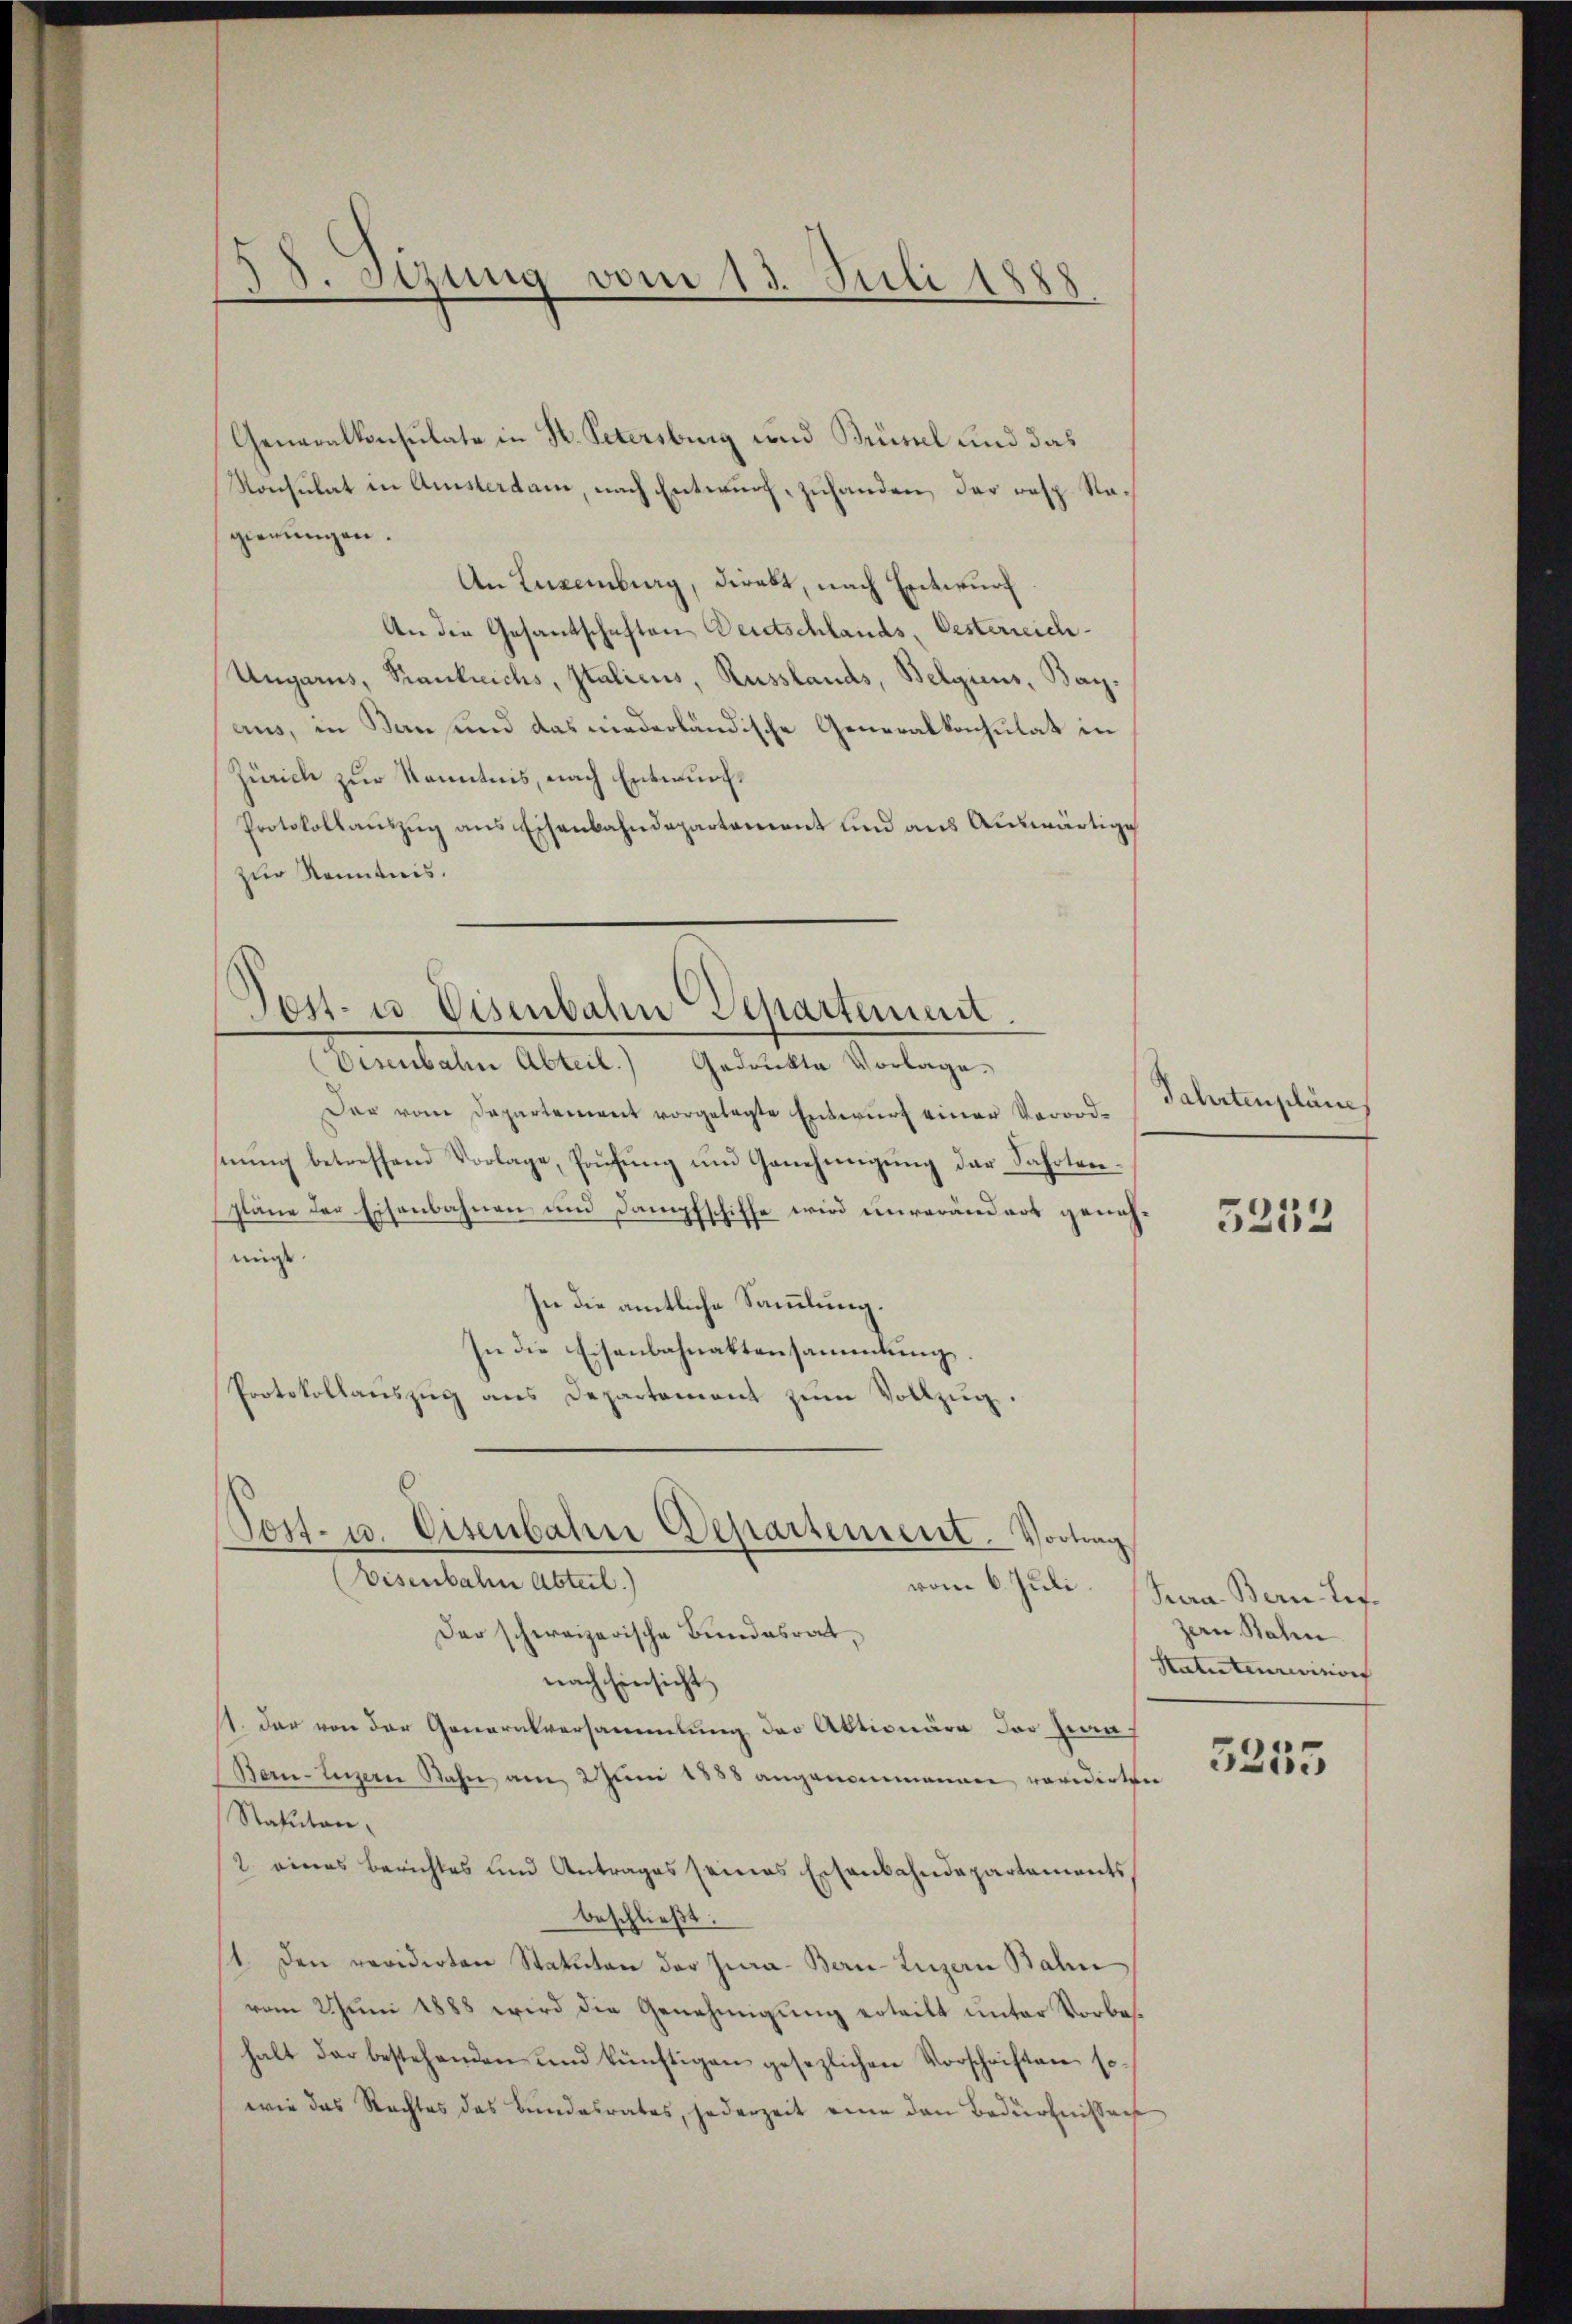
Generalkonsulate in K. Petersburg und Brisel und das
Konsulat in Amsterdam, nach Entwurf zuhanden, das resp. Regierungen.
An Luxenburg, direkt, nach Entwurf
An die Gesandschaften Deutschlands, Oesterreich¬
Ungaris, Kranklichs, Italicus, Russlands, Belgiens, Bayaus, in Bau und das niederländische Generalkonsulat in
Zürich zur Kenntnis, nach Entwurf.
Protokollauszug aus Eisenbahndepartement und aus Auswärtige
zur Kenntnis.

38. Sizung vom 13. Juli 1888

Tost- u Visenbahn Separtement.
Disenbahn Abteil.) Gedrukte Vorlage.

Post. 13. Eisenbahn Departement

Vortung

Der vom Departement vorgelegte Entwurf einer Verordhnung betreffend Vorlage, Prüfung um Genehmigung der Fahrtenpläne der Eisenbahnen und Dampfschiffe wird unverändert genehmigt.
In die amtliche Sammlung.
In die Eisenbahnaktensammlung.
Protokollaŭszŭg ans Departement zŭm Vollzug.
(Eisenbahn Abteil)
Der schweizerische Bundesrat
nach Einsicht
1. der von der Generalversammlung der Aktionäre der Zwa
Bern-Linzern Rahn am 2 Juni 1858 angenommenen revidirten
Statuten,
2. eines Berichtes und Antrages seines Eisenbahndepartements,
beschließt:
1. Den revidirten Statuten der Jura-Bern-Luzern Balin
vom Juni 1888 wird die Genehmigung erteilt unter Vorbehalt der bestehenden und künftigen gesezlichen Vorschriften so-
wie das Rechtes des Bundesrates, jederzeit eine den Bedürfnissens

Jahrtenpläne

5253

vom 6. Juli Jura Bern Leg.
zern Bahn
Statuteurevisions

5255